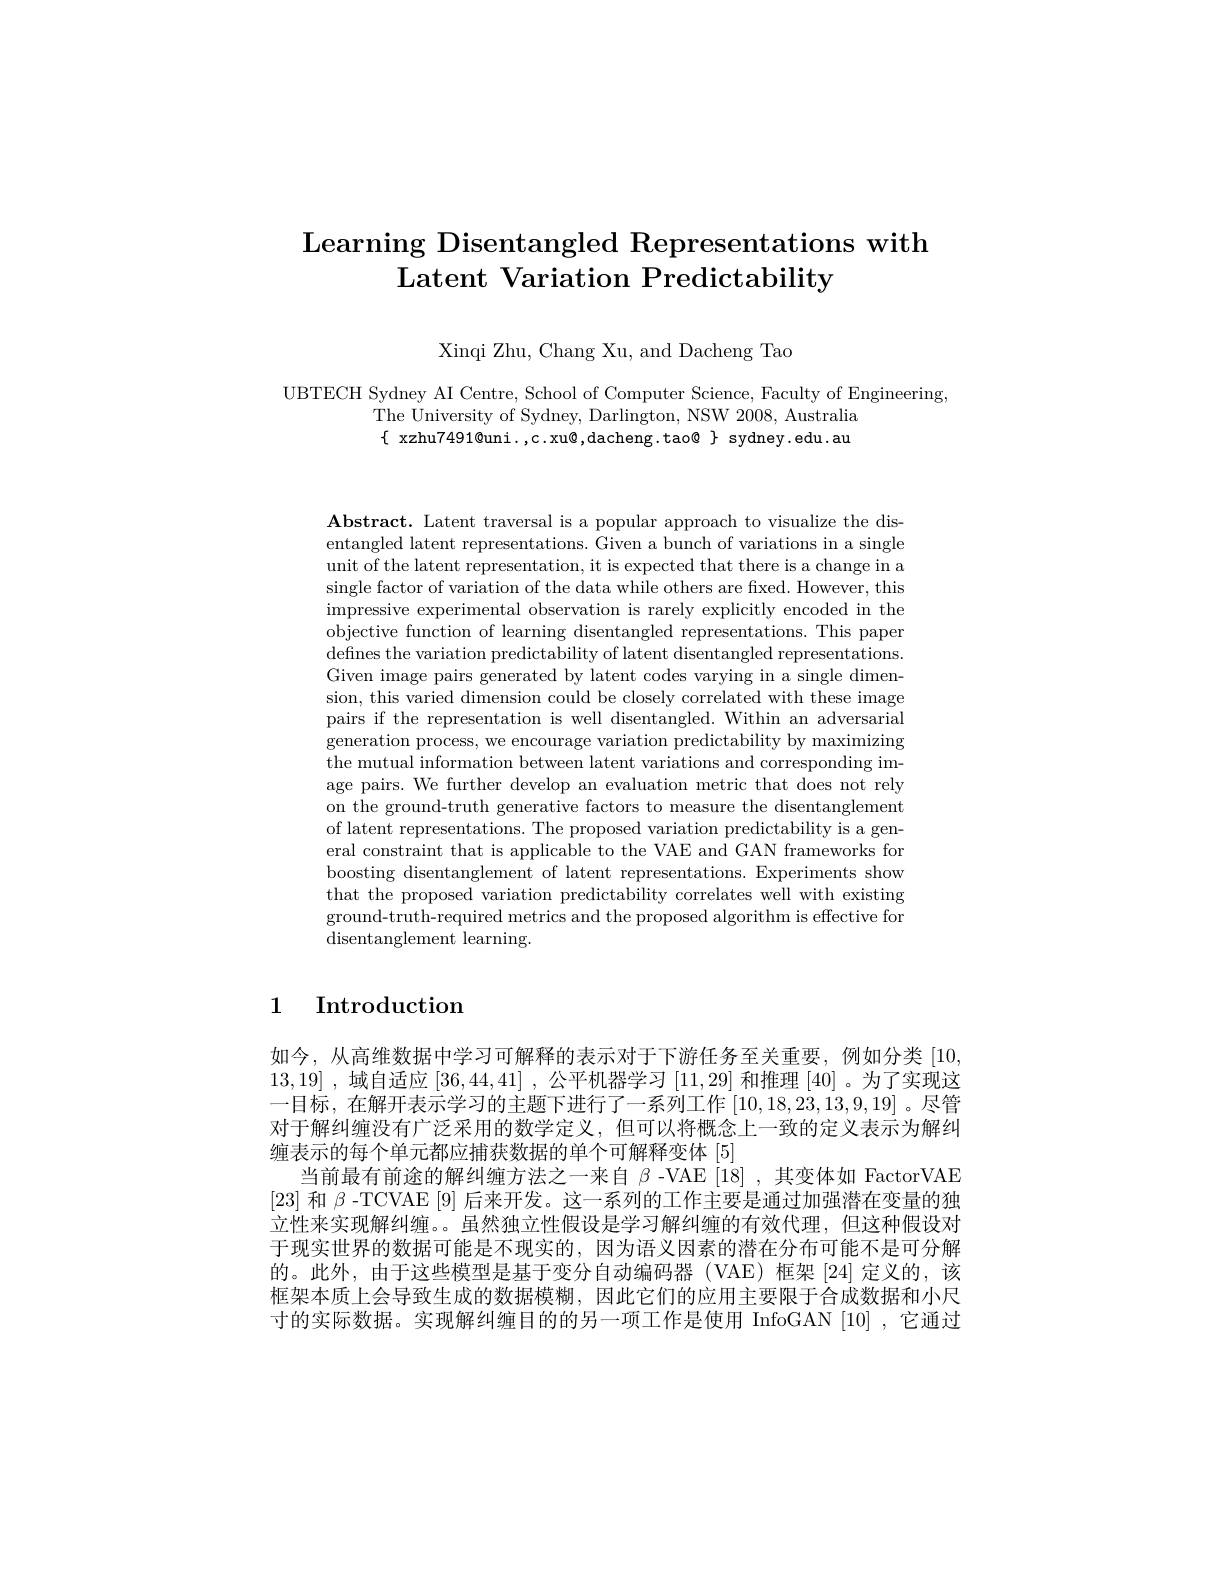
# Learning Disentangled Representations with Latent Variation Predictability

Xinqi Zhu, Chang Xu, and Dacheng Tao

UBTECH Sydney AI Centre, School of Computer Science, Faculty of Engineering,
The University of Sydney, Darlington, NSW 2008, Australia $\{$ xzhu7491@uni.,c.xu@,dacheng.tao@ $\}$ sydney.edu.au

$\mathbf{Abstract.~Latent~traversal~is~a~popular~approach~to~visualize~the~dis-}$ entangled latent representations. Given a bunch of variations in a single unit of the latent representation, it is expected that there is a change in a single factor of variation of the data while others are fixed. However, this impressive experimental observation is rarely explicitly encoded in the objective function of learning disentangled representations. This paper defines the variation predictability of latent disentangled representations. Given image pairs generated by latent codes varying in a single dimension, this varied dimension could be closely correlated with these image pairs if the representation is well disentangled. Within an adversarial generation process, we encourage variation predictability by maximizing the mutual information between latent variations and corresponding image pairs. We further develop an evaluation metric that does not rely on the ground-truth generative factors to measure the disentanglement of latent representations. The proposed variation predictability is a general constraint that is applicable to the VAE and GAN frameworks for boosting disentanglement of latent representations. Experiments show that the proposed variation predictability correlates well with existing ground-truth-required metrics and the proposed algorithm is effective for ${\mathrm{disentanglement~learning.}}$

# 1 Introduction

如今，从高维数据中学习可解释的表示对于下游任务至关重要，例如分类[10, 13,19] ,域自适应[36,44,41] ,公平机器学习[11,29]和推理[40] 。为了实现这一目标，在解开表示学习的主题下进行了一系列工作[10,18,23,13,9,19] 。尽管对于解纠缠没有广泛采用的数学定义，但可以将概念上一致的定义表示为解纠缠表示的每个单元都应捕获数据的单个可解释变体 [5]
当前最有前途的解纠缠方法之一来自$\beta$ -VAE[18] ,其变体如 FactorVAE [23]和$\beta$ -TCVAE [9] 后来开发。这一系列的工作主要是通过加强潜在变量的独立性来实现解纠缠。。虽然独立性假设是学习解纠缠的有效代理，但这种假设对于现实世界的数据可能是不现实的，因为语义因素的潜在分布可能不是可分解的。此外，由于这些模型是基于变分自动编码器(VAE)框架[24]定义的，该框架本质上会导致生成的数据模糊，因此它们的应用主要限于合成数据和小尺寸的实际数据。实现解纠缠目的的另一项工作是使用 InfoGAN [10] ,它通过